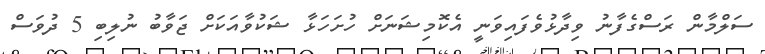
ސަލްމާން ރަސްގެފާނު ވިދާޅުވެފައިވަނީ އެކޮމިޝަނަށް ހުށަހަޅާ ޝަކުވާއަކަށް ޖަވާބު ނުލިބި 5 ދުވަސް